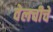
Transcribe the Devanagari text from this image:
वेलचीचे